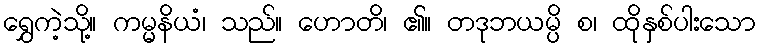
ရွှေကဲ့သို့။ ကမ္မနိယံ၊ သည်။ ဟောတိ၊ ၏။ တဒုဘယမ္ပိ စ၊ ထိုနှစ်ပါးသော